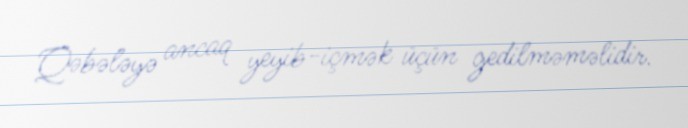
Qəbələyə ancaq yeyib-içmək üçün gedilməməlidir.